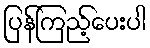
ပြန်ကြည့်ပေးပါ